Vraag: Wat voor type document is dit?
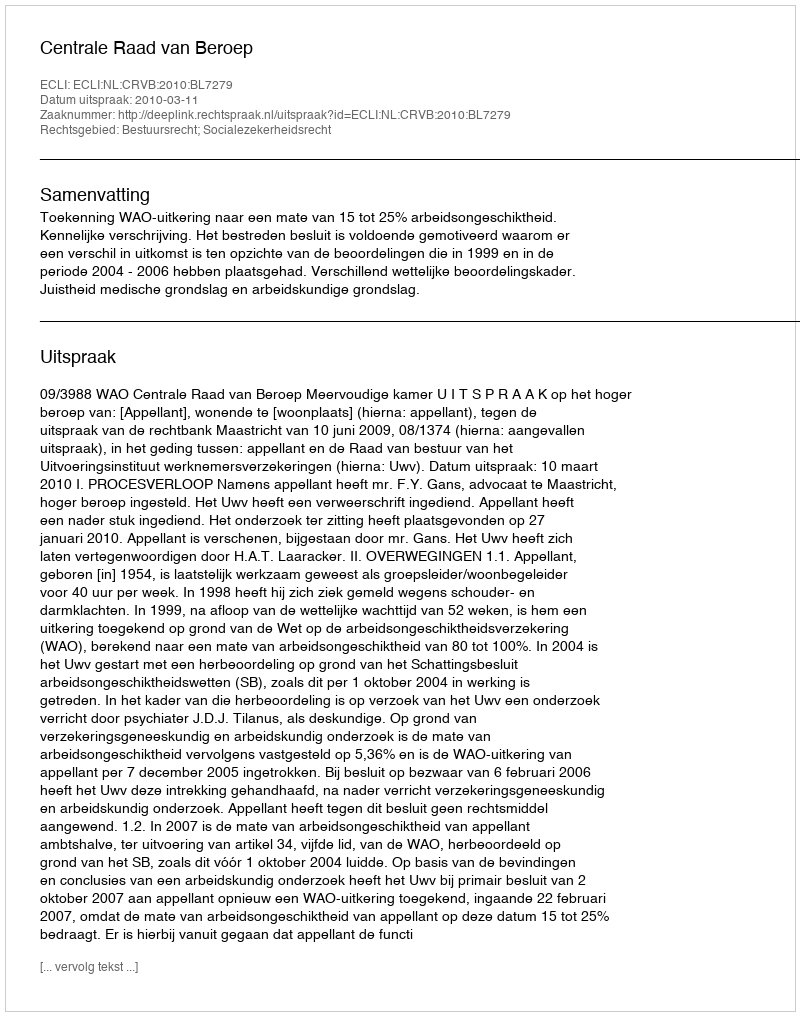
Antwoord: Uitspraak